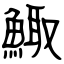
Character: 鯫